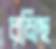
রমিছ